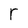
Character: r